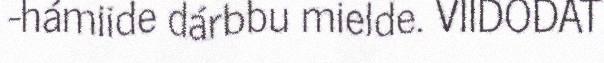
-hámiide dárbbu mielde. VIIDODAT